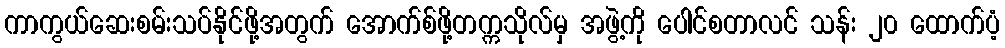
ကာကွယ်ဆေးစမ်းသပ်နိုင်ဖို့အတွက် အောက်စ်ဖို့တက္ကသိုလ်မှ အဖွဲ့ကို ပေါင်စတာလင် သန်း ၂၀ ထောက်ပံ့